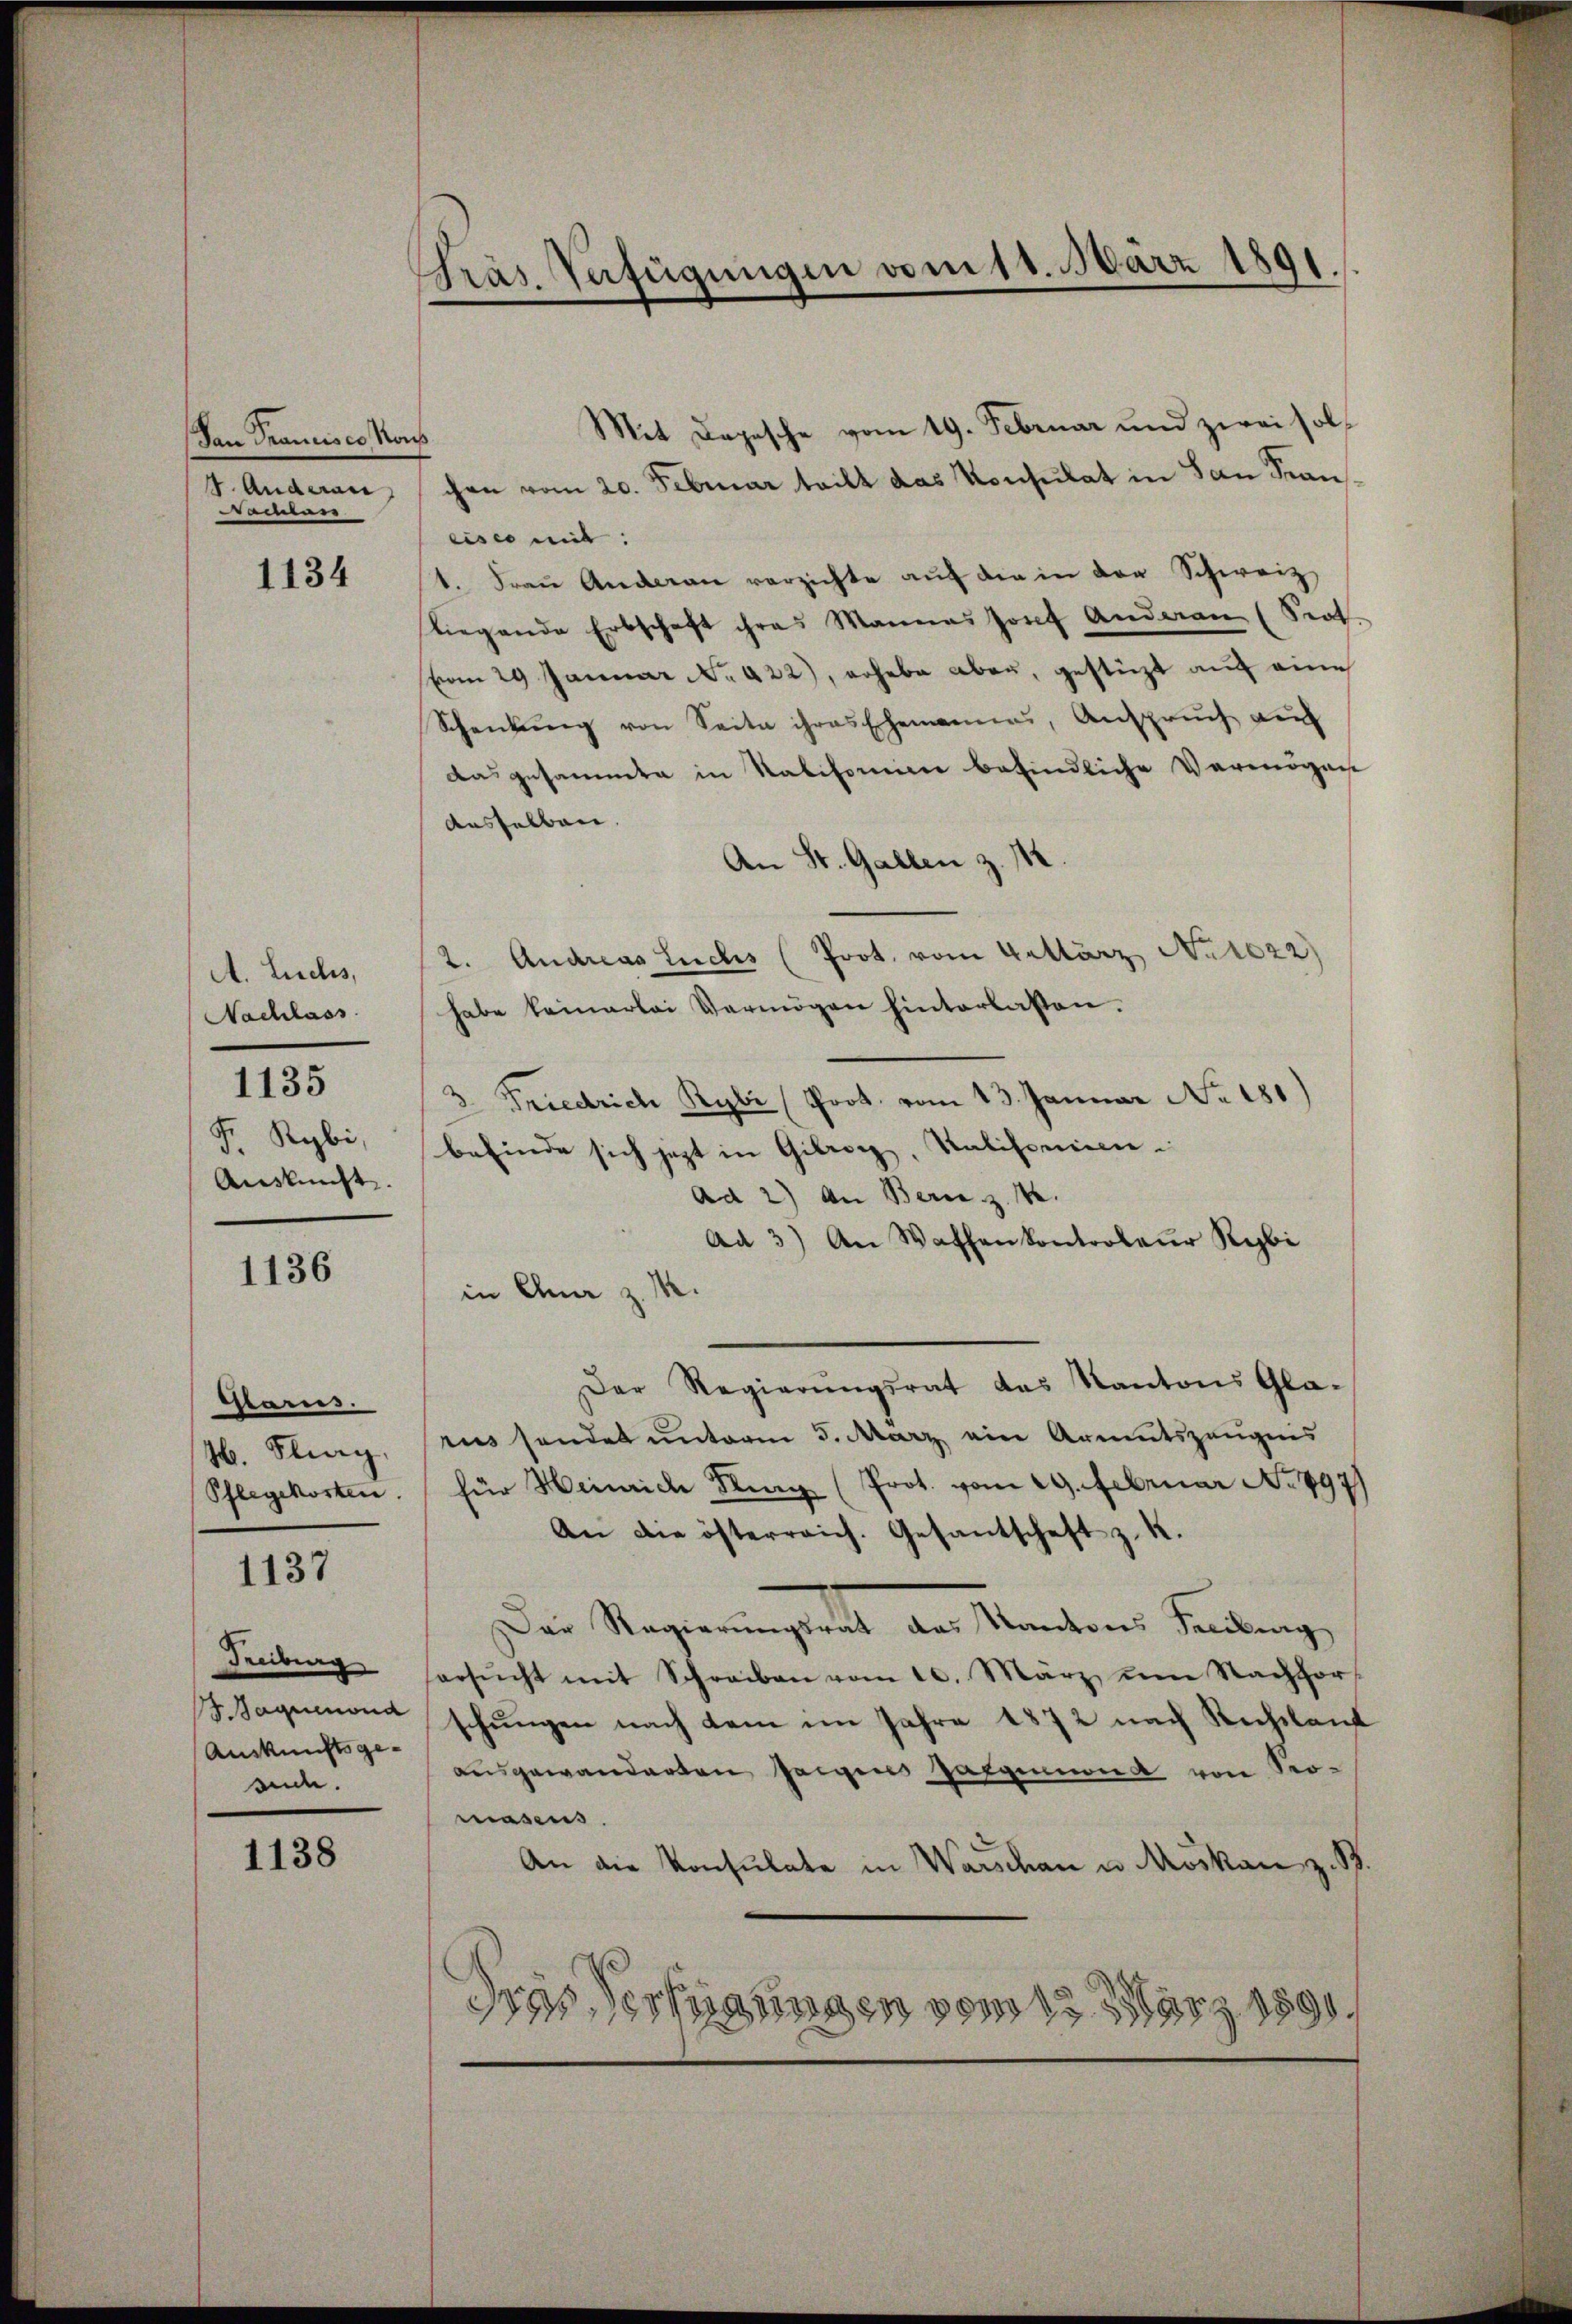
Dan Traunises Nach
4. Augaran,
Namen

1134

A. Luchs,
Nachlass
F. Rybi,
Auskunft.

1135

1136

Glarus.
4. Kling,
Pflegekosten.

1137

Freiburg
Baqueond
Auskunftsgeende

1138

Präs. Befügungen vom 11. März 1891.

Mit Depesche vom 19. Februar und zwei solchen vom 20. Februar teilt das Konsulat in San Stans
eise mit:
1. Fraŭ Anderan verzichte aŭf die in der Schweiz
Riegende Erbschaft ihres Mannes Josef Anderen (Sept.
vom 29 Januar No. 422), erhebe aber, gestüzt auf eine
Schenkung von Seite ihres Ehemannes, Anspruch auf
das gesammte in Ratifomine befindliche Vermögens
ausselben
An St. Gallen z. 12
2. Andreas Luchs (Prot. vom Gattarz No 1022
habe keinerlei Vermögen hinterlassen.
3. Friedrich Rybi (Prot. vom 13. Januar No. 181)
befinde sich jezt in Gilrozz, Salisonien
Ad 2) An Bern z. B.
Ad 3) An Waffenkontroleur Rebi
in Alma z. M.
Der Regierŭngsrat des Kantons Gla-
rus sendet unterm 5. März ein Armutszeugnis
für Heinrich Kling (Prot. vom 29. Februar No. 497)
An die österreich. Gesantschaft z. K.
Der Regierungsrath der Kantons Sendung
ersŭcht mit Schreiben vom 10. März um Nachhor-
schungen nach dem im Jahre 1872 nach Rechtlauf
ausgewanderten Zeigens gatgemand von Seo-
masens.
An die Konsulate in Warschau u Moskan z. B.
dres Verfügungen vom 12. März 1890.